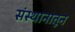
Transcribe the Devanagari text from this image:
संस्थानातून